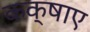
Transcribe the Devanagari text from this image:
कक्षाए